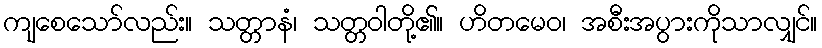
ကျစေသော်လည်း။ သတ္တာနံ၊ သတ္တဝါတို့၏။ ဟိတမေဝ၊ အစီးအပွားကိုသာလျှင်။